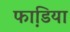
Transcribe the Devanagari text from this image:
फाडि़या